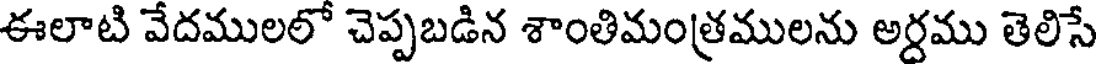
ఈలాటి వేదములలో చెప్పబడిన శాంతిమంత్రములను అర్దము తెలిసే